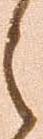
之